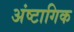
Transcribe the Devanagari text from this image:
अंष्टागिक